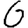
Digit: 6